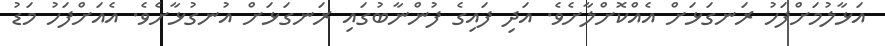
އަޅާލުމަށްފަހު ރަނގަޅަށް އެއްކޮށްލާށެވެ. އަދި ފައިގެ ފުންނާބުގައި ރަނގަޅަށް އުނގުޅާށެވެ. އެއަށްފަހު މަޑު